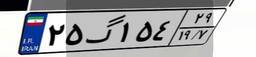
۲۵گ۱۵۴۲۹